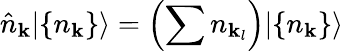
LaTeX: {\hat{n}}_{\mathbf{k}}|\{ n_{\mathbf{k}}\} \rangle=\left(\sum n_{\mathbf{k}_{l}}\right)|\{ n_{\mathbf{k}}\} \rangle